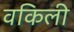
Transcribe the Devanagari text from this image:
वकिली